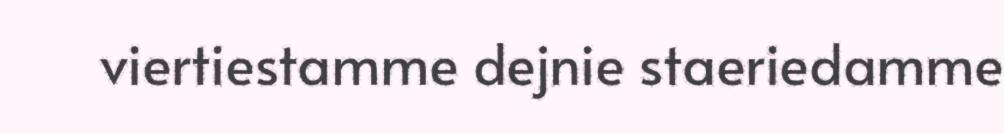
viertiestamme dejnie staeriedamme